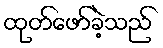
ထုတ်ဖော်ခဲ့သည်